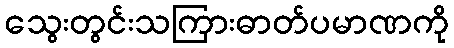
သွေးတွင်းသကြားဓာတ်ပမာဏကို